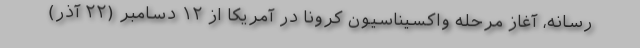
رسانه‌، آغاز مرحله واکسیناسیون کرونا در آمریکا از ۱۲ دسامبر (۲۲ آذر)